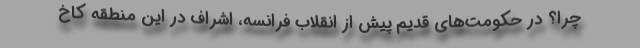
چرا؟ در حکومت‌های قدیم پیش از انقلاب فرانسه، اشراف در این منطقه کاخ‌